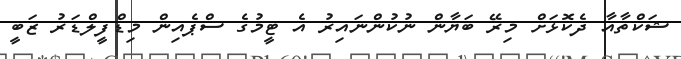
ޝަކްތާއާ ދެކޮޅަށް މިރޭ ބަޔާން ނުކުންނައިރު އެ ޓީމުގެ ސްޕެއިން މިޑްފީލްޑަރު ޒަބީ